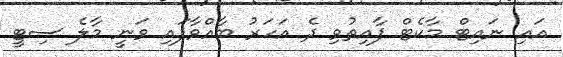
އައި ނައިޓް މާކެޓް ފާއިތުވި ދެ އަހަރު ބާއްވާފައި ވަނީ މާލެ ސިޓީ